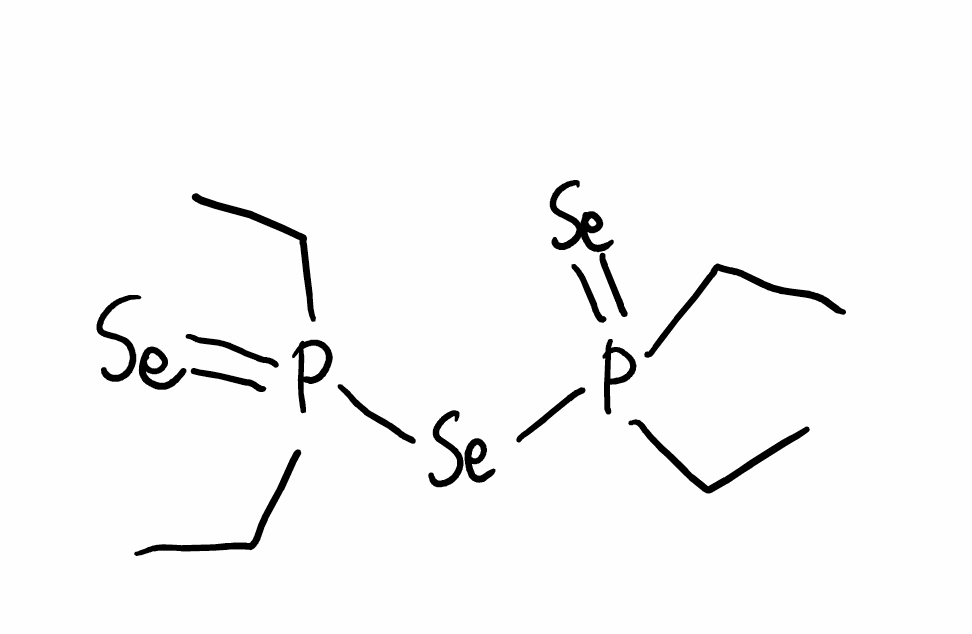
Simplified molecular-input line-entry system (SMILES) notation of the given molecule:
CCP(=[Se])(CC)[Se]P(=[Se])(CC)CC